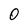
Character: 0